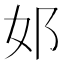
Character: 邚